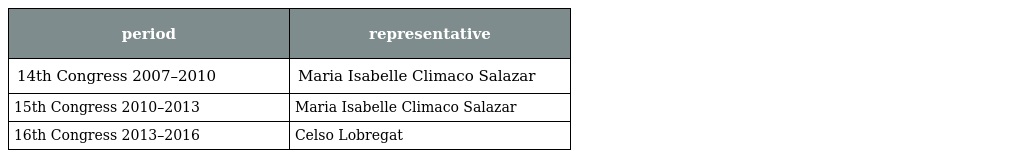
| period | representative |
 | --- | --- |
 | 14th Congress 2007–2010 | Maria Isabelle Climaco Salazar |
 | 15th Congress 2010–2013 | Maria Isabelle Climaco Salazar |
 | 16th Congress 2013–2016 | Celso Lobregat |